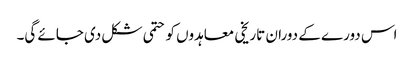
اس دورے کے دوران تاریخی معاہدوں کو حتمی شکل دی جائے گی۔